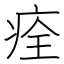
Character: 痊